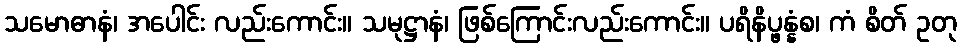
သမောဓာနံ၊ အပေါင်း လည်းကောင်း။ သမုဋ္ဌာနံ၊ ဖြစ်ကြောင်းလည်းကောင်း။ ပရိနိပ္ဖန္နံစ၊ ကံ စိတ် ဥတု